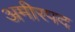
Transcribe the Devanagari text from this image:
अमीरपद